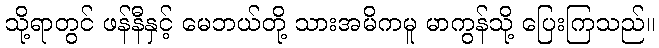
သို့ရာတွင် ဖန်နီနှင့် မေဘယ်တို့ သားအမိကမူ မာကွန်သို့ ပြေးကြသည်။